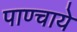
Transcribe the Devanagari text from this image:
पाण्चाये